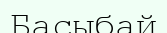
Басыбай